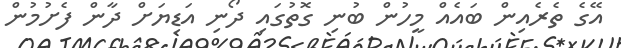
އޭގެ ތެރެއިން ބައެއް މީހުން ބުނި ގޮތުގައި ދޯނި އަޑިޔަށް ދާން ފެށުމުން